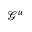
\mathcal { G } ^ { u }